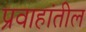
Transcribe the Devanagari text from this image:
प्रवाहांतील